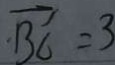
\overrightarrow { B C } = 3